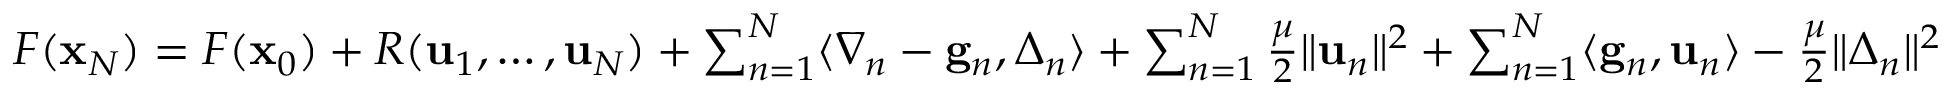
\begin{array} { r } { F ( { \mathbf x } _ { N } ) = F ( { \mathbf x } _ { 0 } ) + R ( \mathbf { u } _ { 1 } , \dots , \mathbf { u } _ { N } ) + \sum _ { n = 1 } ^ { N } \langle \nabla _ { n } - \mathbf { g } _ { n } , { \boldsymbol \Delta } _ { n } \rangle + \sum _ { n = 1 } ^ { N } \frac { \mu } { 2 } \| \mathbf { u } _ { n } \| ^ { 2 } + \sum _ { n = 1 } ^ { N } \langle \mathbf { g } _ { n } , \mathbf { u } _ { n } \rangle - \frac { \mu } { 2 } \| { \boldsymbol \Delta } _ { n } \| ^ { 2 } } \end{array}